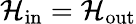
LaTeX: \mathcal{H}_{\mathrm{in}}=\mathcal{H}_{\mathrm{out}}